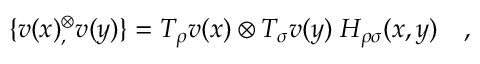
\{ v ( x ) { } _ { , } ^ { \otimes } v ( y ) \} = T _ { \rho } v ( x ) \otimes T _ { \sigma } v ( y ) \; { \cal H } _ { \rho \sigma } ( x , y ) \quad ,